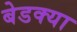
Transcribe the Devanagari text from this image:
बेडक्या